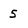
Character: 5